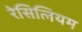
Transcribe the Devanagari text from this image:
रेसिलियम